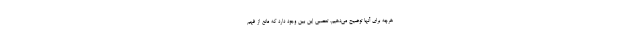
هرچه برای آنها توضیح می‌دهیم، تعصبی این بین وجود دارد که مانع از فهم